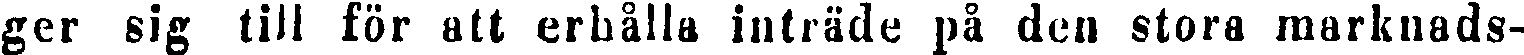
ger sig till för att erhålla inträde på den stora marknads-